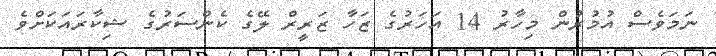
ނަމަވެސް އުމުރުން މިހާރު 14 އަހަރުގެ ޒަހާ ޒަރީރް ލޭގެ ކެންސަރުގެ ޝިކާރައަކަށްވެ